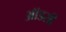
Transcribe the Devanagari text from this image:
ऑडसी